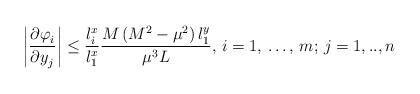
LaTeX: \begin{align*}\left| \frac{{\partial \varphi }_{i}}{{\partial y}_{j}} \right|\le \frac{l_{i}^{x}}{l_{1}^{x}}\frac{M\left( M^{2}-\mu^{2} \right)l_{1}^{y}}{\mu^{3}L},\thinspace i=1,\thinspace \mathellipsis ,\thinspace m;\thinspace j=1,..,n\end{align*}